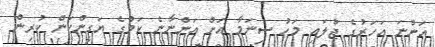
އަންނަ އަހަރުގެ ޖުލައި މަހު ސިނަމާ އަށް އަންނާނެ ކަމުގެ ޔަގީންކަން ކުރިން